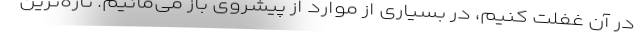
در آن غفلت کنیم، در بسیاری از موارد از پیشروی باز می‌مانیم. تازه‌ترین